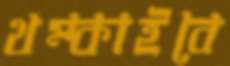
থম্‌কাইবে